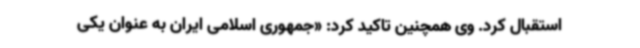
استقبال کرد. وی همچنین تاکید کرد: «جمهوری اسلامی ایران به‌ عنوان یکی